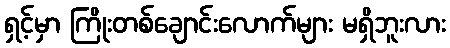
ရှင့်မှာ ကြိုးတစ်ချောင်းလောက်များ မရှိဘူးလား